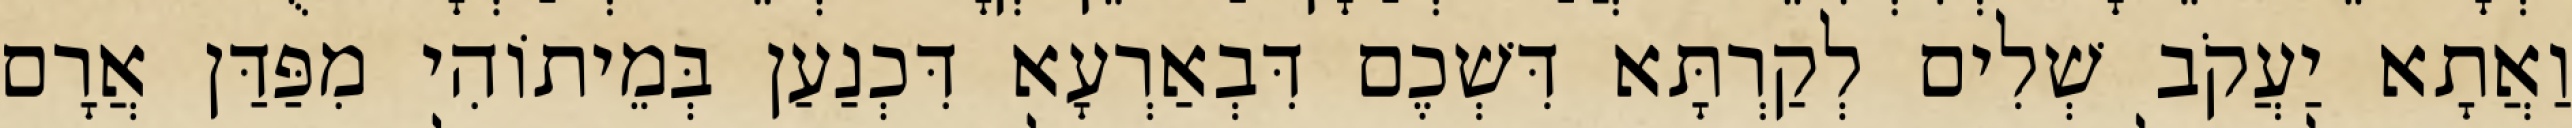
וַאֲתָא יַעֲקֹב שְׁלִים לְקַרְתָּא דִּשְׁכֶם דִּבְאַרְעָא דִּכְנַעַן בְּמֵיתוֹהִי מִפַּדַּן אֲרָם